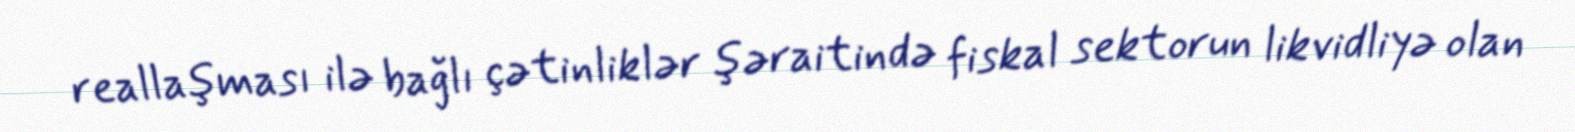
reallaşması ilə bağlı çətinliklər şəraitində fiskal sektorun likvidliyə olan